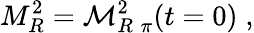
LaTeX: M_{R}^{2}={\cal M}_{R\; \pi}^{2}(t=0)\; ,